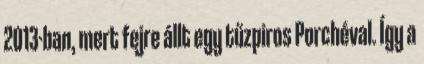
2013-ban, mert fejre állt egy tűzpiros Porchéval. Így a